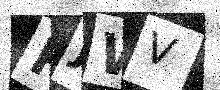
Text: RJWV